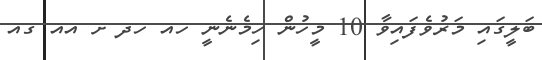
ބަލީގައި މަރުވެފައިވާ 10 މީހުން ހިމެނެނީ ހއ ހދ ށ އއ ގއ